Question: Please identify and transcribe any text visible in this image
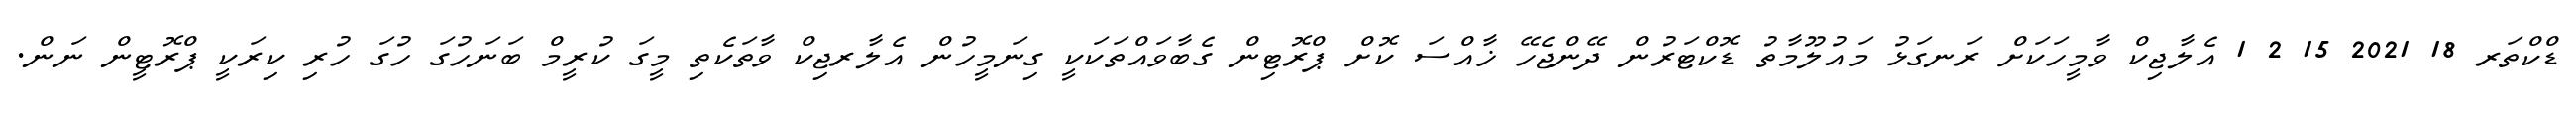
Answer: ޑްކްތަރ 18 2021 15 2 1 އެލާޖިކް ވާމީހަކަށް ރަނގަޅު މައުލޫމާތު ޑޮކްޓަރުން ދޭންޖެހޭ ޚާއްސަ ކޮށް ޕްރޮޓިން ގެބާވައްތަކަކީ ގިނަމީހުން އެލާރޖިކް ވާތަކެތި މީގަ ކުރީމް ބަނަހުގަ ހުގަ ހުރި ކިރަކީ ޕްރޮޓީން ނަން.